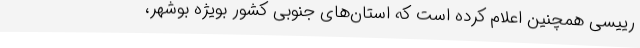
رییسی همچنین اعلام کرده است که استان‌های جنوبی کشور بویژه بوشهر،